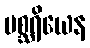
မစ္ဆရိယေန